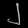
Digit: ၂